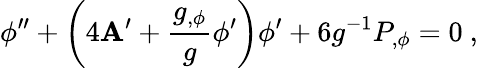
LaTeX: \phi^{\prime\prime}+\left(4\mathbf{A}^{\prime}+{\frac{{g_{,\phi}}}{{g}}}\phi^{\prime}\right)\phi^{\prime}+6g^{-1}P_{,\phi}=0\ ,